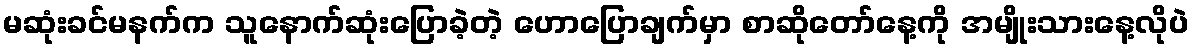
မဆုံးခင်မနက်က သူနောက်ဆုံးပြောခဲ့တဲ့ ဟောပြောချက်မှာ စာဆိုတော်နေ့ကို အမျိုးသားနေ့လိုပဲ